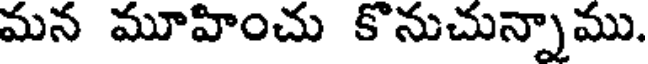
మన మూహించు కొనుచున్నాము.